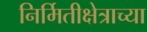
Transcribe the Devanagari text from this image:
निर्मितीक्षेत्राच्या